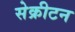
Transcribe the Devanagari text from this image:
सेक्रीटन